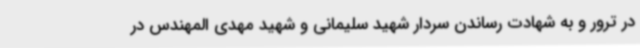
در ترور و به شهادت رساندن سردار شهید سلیمانی و شهید مهدی المهندس در